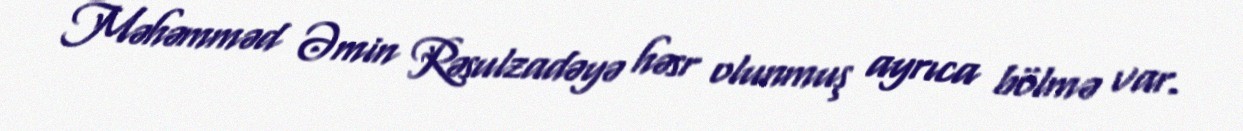
Məhəmməd Əmin Rəsulzadəyə həsr olunmuş ayrıca bölmə var.